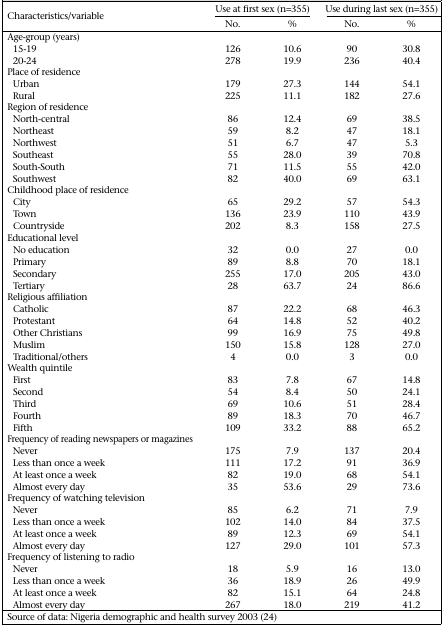
<table><thead><tr><td rowspan="2"><b>Characteristics/variable</b></td><td colspan="2"><b>Use at first sex (n=355)</b></td><td colspan="2"><b>Use during last sex (n=355)</b></td></tr><tr><td><b>No.</b></td><td><b>%</b></td><td><b>No.</b></td><td><b>%</b></td></tr></thead><tbody><tr><td>Age-group (years)</td><td></td><td></td><td></td><td></td></tr><tr><td>15-19</td><td>126</td><td>10.6</td><td>90</td><td>30.8</td></tr><tr><td>20-24</td><td>278</td><td>19.9</td><td>236</td><td>40.4</td></tr><tr><td>Place of residence</td><td></td><td></td><td></td><td></td></tr><tr><td>Urban</td><td>179</td><td>27.3</td><td>144</td><td>54.1</td></tr><tr><td>Rural</td><td>225</td><td>11.1</td><td>182</td><td>27.6</td></tr><tr><td>Region of residence</td><td></td><td></td><td></td><td></td></tr><tr><td>North-central</td><td>86</td><td>12.4</td><td>69</td><td>38.5</td></tr><tr><td>Northeast</td><td>59</td><td>8.2</td><td>47</td><td>18.1</td></tr><tr><td>Northwest</td><td>51</td><td>6.7</td><td>47</td><td>5.3</td></tr><tr><td>Southeast</td><td>55</td><td>28.0</td><td>39</td><td>70.8</td></tr><tr><td>South-South</td><td>71</td><td>11.5</td><td>55</td><td>42.0</td></tr><tr><td>Southwest</td><td>82</td><td>40.0</td><td>69</td><td>63.1</td></tr><tr><td>Childhood place of residence</td><td></td><td></td><td></td><td></td></tr><tr><td>City</td><td>65</td><td>29.2</td><td>57</td><td>54.3</td></tr><tr><td>Town</td><td>136</td><td>23.9</td><td>110</td><td>43.9</td></tr><tr><td>Countryside</td><td>202</td><td>8.3</td><td>158</td><td>27.5</td></tr><tr><td>Educational level</td><td></td><td></td><td></td><td></td></tr><tr><td>No education</td><td>32</td><td>0.0</td><td>27</td><td>0.0</td></tr><tr><td>Primary</td><td>89</td><td>8.8</td><td>70</td><td>18.1</td></tr><tr><td>Secondary</td><td>255</td><td>17.0</td><td>205</td><td>43.0</td></tr><tr><td>Tertiary</td><td>28</td><td>63.7</td><td>24</td><td>86.6</td></tr><tr><td>Religious affiliation</td><td></td><td></td><td></td><td></td></tr><tr><td>Catholic</td><td>87</td><td>22.2</td><td>68</td><td>46.3</td></tr><tr><td>Protestant</td><td>64</td><td>14.8</td><td>52</td><td>40.2</td></tr><tr><td>Other Christians</td><td>99</td><td>16.9</td><td>75</td><td>49.8</td></tr><tr><td>Muslim</td><td>150</td><td>15.8</td><td>128</td><td>27.0</td></tr><tr><td>Traditional/others</td><td>4</td><td>0.0</td><td>3</td><td>0.0</td></tr><tr><td>Wealth quintile</td><td></td><td></td><td></td><td></td></tr><tr><td>First</td><td>83</td><td>7.8</td><td>67</td><td>14.8</td></tr><tr><td>Second</td><td>54</td><td>8.4</td><td>50</td><td>24.1</td></tr><tr><td>Third</td><td>69</td><td>10.6</td><td>51</td><td>28.4</td></tr><tr><td>Fourth</td><td>89</td><td>18.3</td><td>70</td><td>46.7</td></tr><tr><td>Fifth</td><td>109</td><td>33.2</td><td>88</td><td>65.2</td></tr><tr><td>Frequency of reading newspapers or magazines</td><td></td><td></td><td></td><td></td></tr><tr><td>Never</td><td>175</td><td>7.9</td><td>137</td><td>20.4</td></tr><tr><td>Less than once a week</td><td>111</td><td>17.2</td><td>91</td><td>36.9</td></tr><tr><td>At least once a week</td><td>82</td><td>19.0</td><td>68</td><td>54.1</td></tr><tr><td>Almost every day</td><td>35</td><td>53.6</td><td>29</td><td>73.6</td></tr><tr><td>Frequency of watching television</td><td></td><td></td><td></td><td></td></tr><tr><td>Never</td><td>85</td><td>6.2</td><td>71</td><td>7.9</td></tr><tr><td>Less than once a week</td><td>102</td><td>14.0</td><td>84</td><td>37.5</td></tr><tr><td>At least once a week</td><td>89</td><td>12.3</td><td>69</td><td>54.1</td></tr><tr><td>Almost every day</td><td>127</td><td>29.0</td><td>101</td><td>57.3</td></tr><tr><td>Frequency of listening to radio</td><td></td><td></td><td></td><td></td></tr><tr><td>Never</td><td>18</td><td>5.9</td><td>16</td><td>13.0</td></tr><tr><td>Less than once a week</td><td>36</td><td>18.9</td><td>26</td><td>49.9</td></tr><tr><td>At least once a week</td><td>82</td><td>15.1</td><td>64</td><td>24.8</td></tr><tr><td>Almost every day</td><td>267</td><td>18.0</td><td>219</td><td>41.2</td></tr></tbody></table>